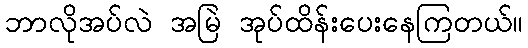
ဘာလိုအပ်လဲ အမြဲ အုပ်ထိန်းပေးနေကြတယ်။